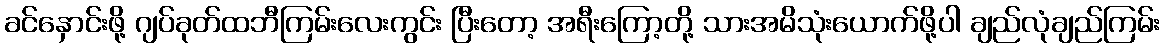
ခင်နှောင်းဖို့ ဂျပ်ခုတ်ထဘီကြမ်းလေးကွင်း ပြီးတော့ အရီးကြော့တို့ သားအမိသုံးယောက်ဖို့ပါ ချည်လုံချည်ကြမ်း